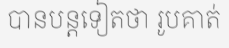
បានបន្តទៀតថា រូបគាត់